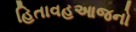
હિતાવહઆજનો